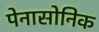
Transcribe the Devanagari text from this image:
पेनासोनिक